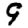
Digit: 9